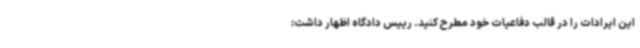
این ایرادات را در قالب دفاعیات خود مطرح کنید. رییس دادگاه اظهار داشت: